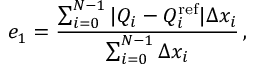
e _ { 1 } = \frac { \sum _ { i = 0 } ^ { N - 1 } | Q _ { i } - Q _ { i } ^ { \mathrm { r e f } } | \Delta x _ { i } } { \sum _ { i = 0 } ^ { N - 1 } \Delta x _ { i } } \, ,